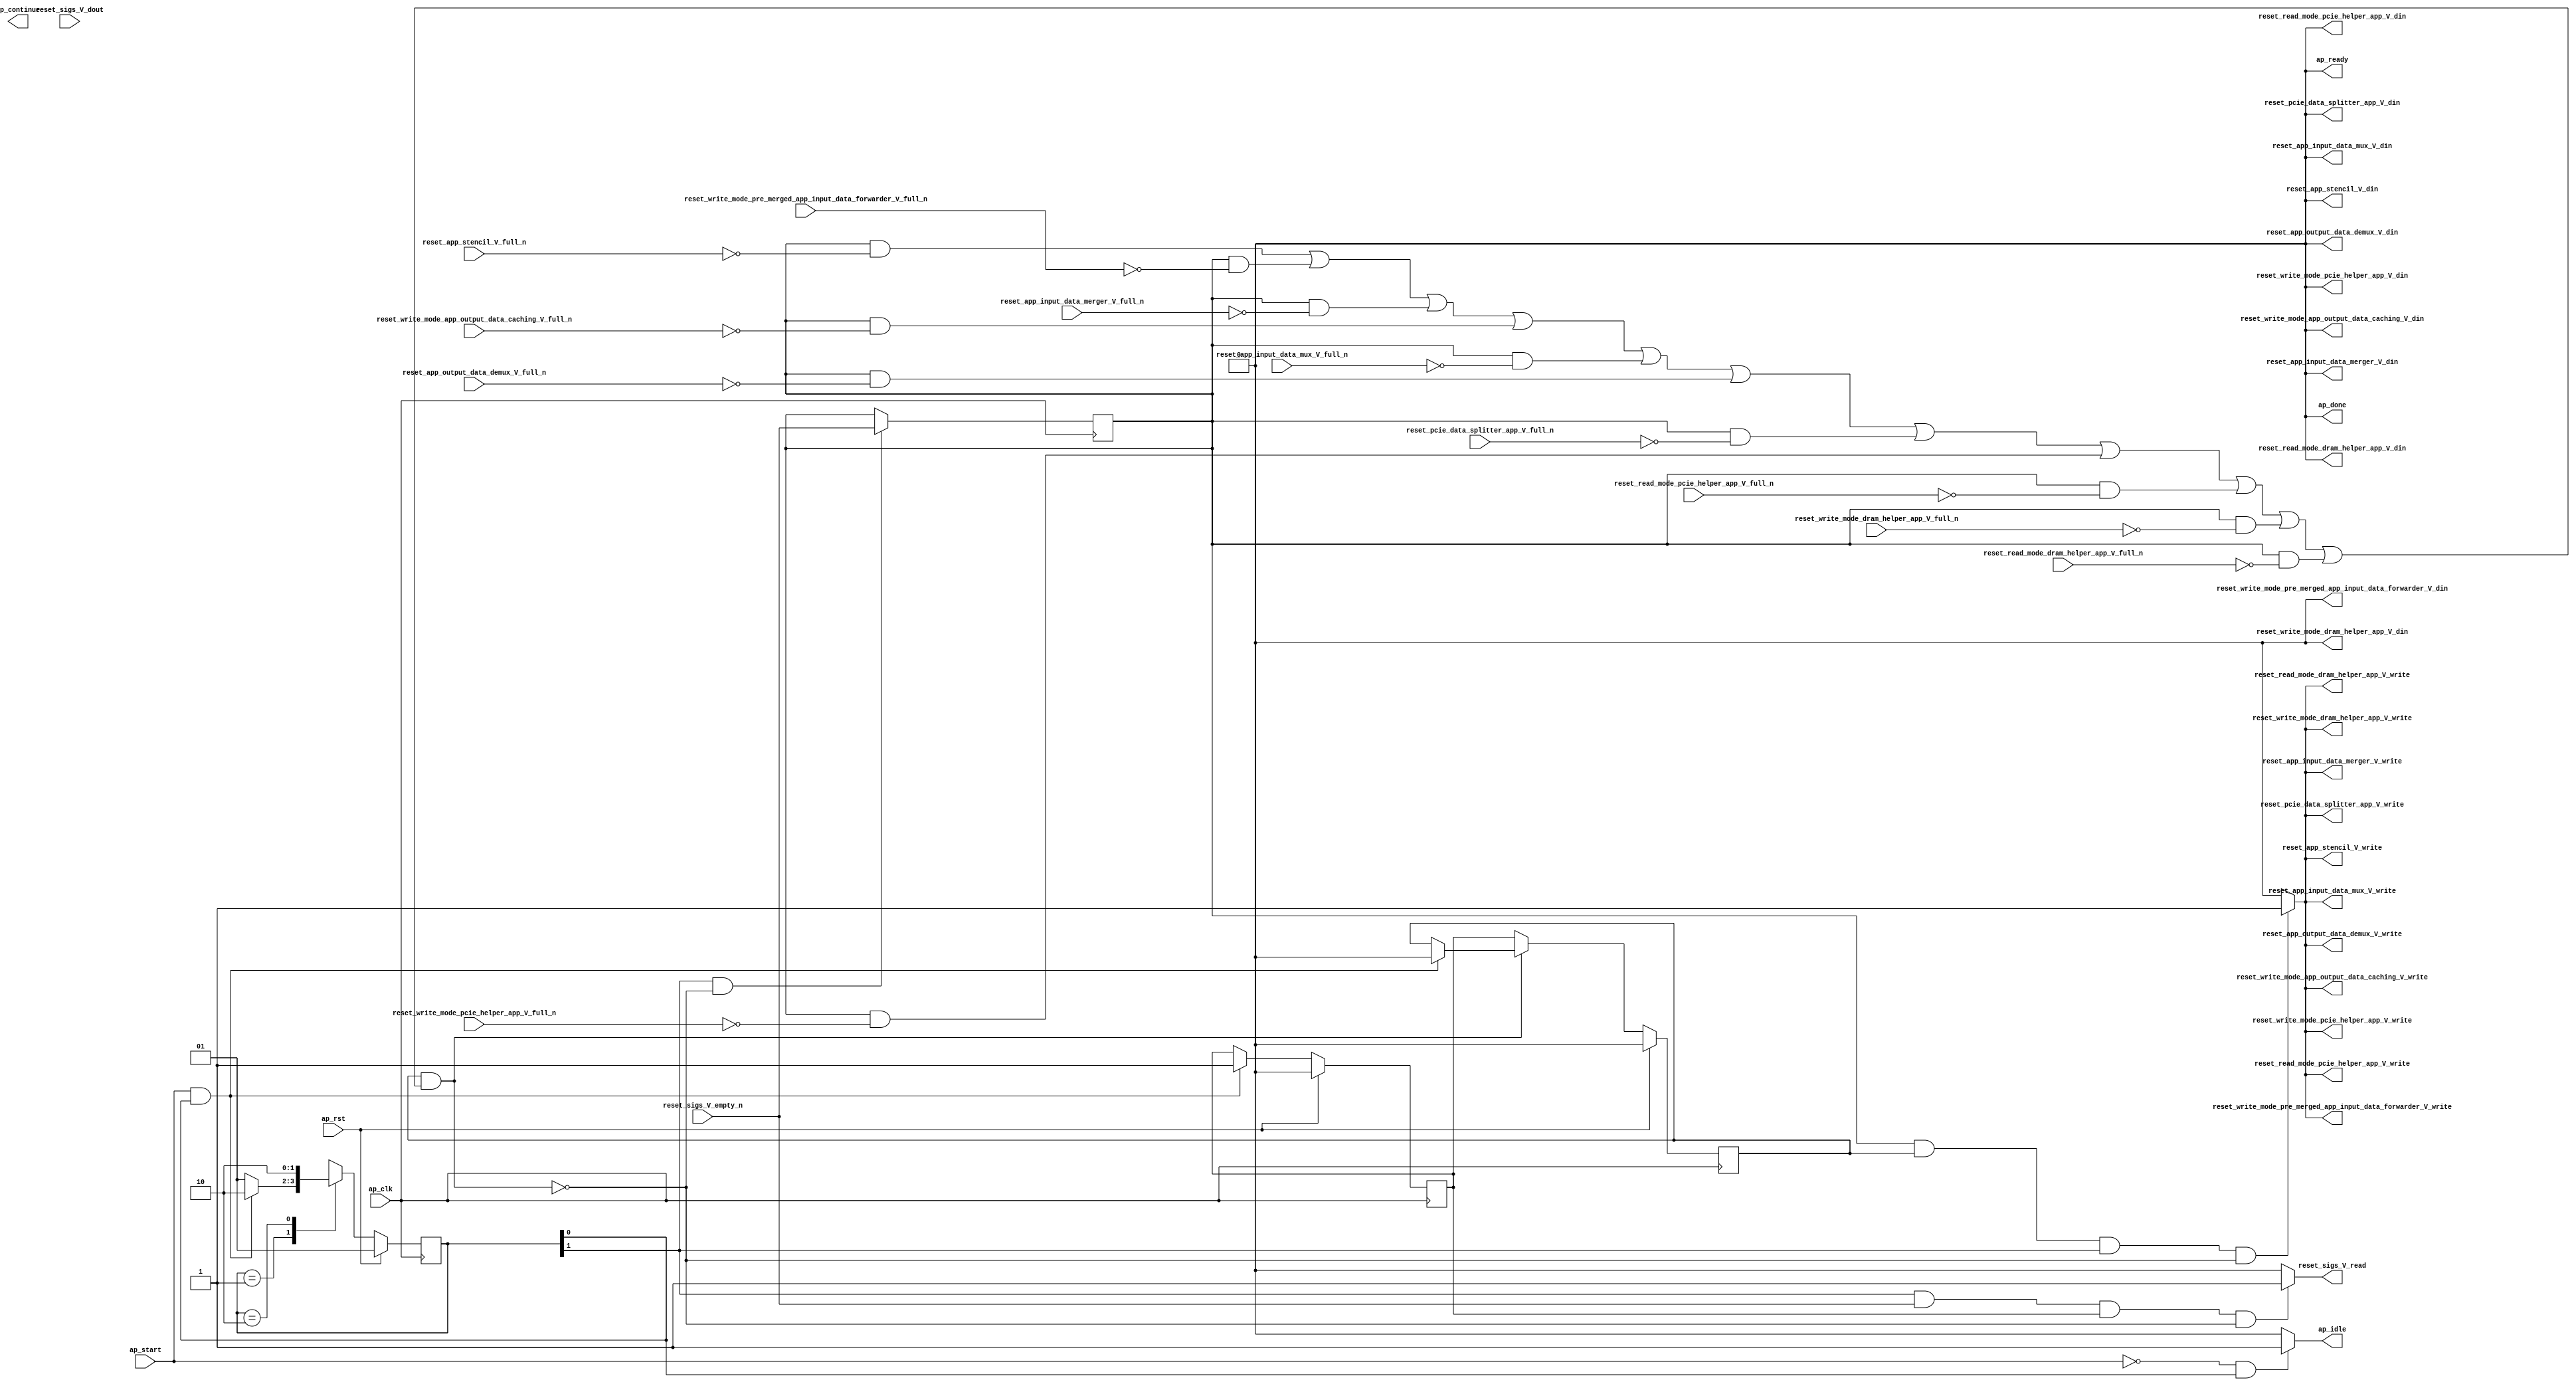
// ==============================================================
// RTL generated by Vivado(TM) HLS - High-Level Synthesis from C, C++ and SystemC
// Version: 2017.4.op
// Copyright (C) 1986-2018 Xilinx, Inc. All Rights Reserved.
// 
// ===========================================================

`timescale 1 ns / 1 ps 

(* CORE_GENERATION_INFO="reset_propaganda,hls_ip_2017_4_op,{HLS_INPUT_TYPE=cxx,HLS_INPUT_FLOAT=0,HLS_INPUT_FIXED=0,HLS_INPUT_PART=xcvu9p-flgb2104-2-i,HLS_INPUT_CLOCK=4.000000,HLS_INPUT_ARCH=others,HLS_SYN_CLOCK=1.458000,HLS_SYN_LAT=-1,HLS_SYN_TPT=none,HLS_SYN_MEM=0,HLS_SYN_DSP=0,HLS_SYN_FF=5,HLS_SYN_LUT=150}" *)

module reset_propaganda (
        ap_clk,
        ap_rst,
        ap_start,
        ap_done,
ap_continue,
        ap_idle,
        ap_ready,
        reset_app_stencil_V_din,
        reset_app_stencil_V_full_n,
        reset_app_stencil_V_write,
        reset_sigs_V_dout,
        reset_sigs_V_empty_n,
        reset_sigs_V_read,
        reset_read_mode_dram_helper_app_V_din,
        reset_read_mode_dram_helper_app_V_full_n,
        reset_read_mode_dram_helper_app_V_write,
        reset_write_mode_dram_helper_app_V_din,
        reset_write_mode_dram_helper_app_V_full_n,
        reset_write_mode_dram_helper_app_V_write,
        reset_read_mode_pcie_helper_app_V_din,
        reset_read_mode_pcie_helper_app_V_full_n,
        reset_read_mode_pcie_helper_app_V_write,
        reset_write_mode_pcie_helper_app_V_din,
        reset_write_mode_pcie_helper_app_V_full_n,
        reset_write_mode_pcie_helper_app_V_write,
        reset_pcie_data_splitter_app_V_din,
        reset_pcie_data_splitter_app_V_full_n,
        reset_pcie_data_splitter_app_V_write,
        reset_app_output_data_demux_V_din,
        reset_app_output_data_demux_V_full_n,
        reset_app_output_data_demux_V_write,
        reset_app_input_data_mux_V_din,
        reset_app_input_data_mux_V_full_n,
        reset_app_input_data_mux_V_write,
        reset_write_mode_app_output_data_caching_V_din,
        reset_write_mode_app_output_data_caching_V_full_n,
        reset_write_mode_app_output_data_caching_V_write,
        reset_app_input_data_merger_V_din,
        reset_app_input_data_merger_V_full_n,
        reset_app_input_data_merger_V_write,
        reset_write_mode_pre_merged_app_input_data_forwarder_V_din,
        reset_write_mode_pre_merged_app_input_data_forwarder_V_full_n,
        reset_write_mode_pre_merged_app_input_data_forwarder_V_write
);

parameter    ap_ST_fsm_state1 = 2'd1;
parameter    ap_ST_fsm_pp0_stage0 = 2'd2;

input   ap_clk;
input   ap_rst;
input   ap_start;
output   ap_done;
output   ap_idle;
output ap_ready; output ap_continue;
output   reset_app_stencil_V_din;
input   reset_app_stencil_V_full_n;
output   reset_app_stencil_V_write;
input   reset_sigs_V_dout;
input   reset_sigs_V_empty_n;
output   reset_sigs_V_read;
output   reset_read_mode_dram_helper_app_V_din;
input   reset_read_mode_dram_helper_app_V_full_n;
output   reset_read_mode_dram_helper_app_V_write;
output   reset_write_mode_dram_helper_app_V_din;
input   reset_write_mode_dram_helper_app_V_full_n;
output   reset_write_mode_dram_helper_app_V_write;
output   reset_read_mode_pcie_helper_app_V_din;
input   reset_read_mode_pcie_helper_app_V_full_n;
output   reset_read_mode_pcie_helper_app_V_write;
output   reset_write_mode_pcie_helper_app_V_din;
input   reset_write_mode_pcie_helper_app_V_full_n;
output   reset_write_mode_pcie_helper_app_V_write;
output   reset_pcie_data_splitter_app_V_din;
input   reset_pcie_data_splitter_app_V_full_n;
output   reset_pcie_data_splitter_app_V_write;
output   reset_app_output_data_demux_V_din;
input   reset_app_output_data_demux_V_full_n;
output   reset_app_output_data_demux_V_write;
output   reset_app_input_data_mux_V_din;
input   reset_app_input_data_mux_V_full_n;
output   reset_app_input_data_mux_V_write;
output   reset_write_mode_app_output_data_caching_V_din;
input   reset_write_mode_app_output_data_caching_V_full_n;
output   reset_write_mode_app_output_data_caching_V_write;
output   reset_app_input_data_merger_V_din;
input   reset_app_input_data_merger_V_full_n;
output   reset_app_input_data_merger_V_write;
output   reset_write_mode_pre_merged_app_input_data_forwarder_V_din;
input   reset_write_mode_pre_merged_app_input_data_forwarder_V_full_n;
output   reset_write_mode_pre_merged_app_input_data_forwarder_V_write;

reg ap_idle;
reg reset_app_stencil_V_write;
reg reset_sigs_V_read;
reg reset_read_mode_dram_helper_app_V_write;
reg reset_write_mode_dram_helper_app_V_write;
reg reset_read_mode_pcie_helper_app_V_write;
reg reset_write_mode_pcie_helper_app_V_write;
reg reset_pcie_data_splitter_app_V_write;
reg reset_app_output_data_demux_V_write;
reg reset_app_input_data_mux_V_write;
reg reset_write_mode_app_output_data_caching_V_write;
reg reset_app_input_data_merger_V_write;
reg reset_write_mode_pre_merged_app_input_data_forwarder_V_write;

(* fsm_encoding = "none" *) reg   [1:0] ap_CS_fsm;
wire    ap_CS_fsm_state1;
reg    reset_app_stencil_V_blk_n;
wire    ap_CS_fsm_pp0_stage0;
reg    ap_enable_reg_pp0_iter1;
wire    ap_block_pp0_stage0;
reg   [0:0] empty_n_reg_302;
reg    reset_read_mode_dram_helper_app_V_blk_n;
reg    reset_write_mode_dram_helper_app_V_blk_n;
reg    reset_read_mode_pcie_helper_app_V_blk_n;
reg    reset_write_mode_pcie_helper_app_V_blk_n;
reg    reset_pcie_data_splitter_app_V_blk_n;
reg    reset_app_output_data_demux_V_blk_n;
reg    reset_app_input_data_mux_V_blk_n;
reg    reset_write_mode_app_output_data_caching_V_blk_n;
reg    reset_app_input_data_merger_V_blk_n;
reg    reset_write_mode_pre_merged_app_input_data_forwarder_V_blk_n;
wire    ap_block_state2_pp0_stage0_iter0;
reg    ap_block_state3_pp0_stage0_iter1;
reg    ap_block_pp0_stage0_11001;
reg    ap_enable_reg_pp0_iter0;
reg    ap_block_pp0_stage0_subdone;
reg    ap_block_pp0_stage0_01001;
reg   [1:0] ap_NS_fsm;
reg    ap_idle_pp0;
wire    ap_enable_pp0;

// power-on initialization
initial begin
#0 ap_CS_fsm = 2'd1;
#0 ap_enable_reg_pp0_iter1 = 1'b0;
#0 ap_enable_reg_pp0_iter0 = 1'b0;
end

always @ (posedge ap_clk) begin
    if (ap_rst == 1'b1) begin
        ap_CS_fsm <= ap_ST_fsm_state1;
    end else begin
        ap_CS_fsm <= ap_NS_fsm;
    end
end

always @ (posedge ap_clk) begin
    if (ap_rst == 1'b1) begin
        ap_enable_reg_pp0_iter0 <= 1'b0;
    end else begin
        if (((ap_start == 1'b1) & (1'b1 == ap_CS_fsm_state1))) begin
            ap_enable_reg_pp0_iter0 <= 1'b1;
        end
    end
end

always @ (posedge ap_clk) begin
    if (ap_rst == 1'b1) begin
        ap_enable_reg_pp0_iter1 <= 1'b0;
    end else begin
        if ((1'b0 == ap_block_pp0_stage0_subdone)) begin
            ap_enable_reg_pp0_iter1 <= ap_enable_reg_pp0_iter0;
        end else if (((ap_start == 1'b1) & (1'b1 == ap_CS_fsm_state1))) begin
            ap_enable_reg_pp0_iter1 <= 1'b0;
        end
    end
end

always @ (posedge ap_clk) begin
    if (((1'b1 == ap_CS_fsm_pp0_stage0) & (1'b0 == ap_block_pp0_stage0_11001))) begin
        empty_n_reg_302 <= reset_sigs_V_empty_n;
    end
end

always @ (*) begin
    if (((ap_start == 1'b0) & (1'b1 == ap_CS_fsm_state1))) begin
        ap_idle = 1'b1;
    end else begin
        ap_idle = 1'b0;
    end
end

always @ (*) begin
    if (((ap_enable_reg_pp0_iter1 == 1'b0) & (ap_enable_reg_pp0_iter0 == 1'b0))) begin
        ap_idle_pp0 = 1'b1;
    end else begin
        ap_idle_pp0 = 1'b0;
    end
end

always @ (*) begin
    if (((empty_n_reg_302 == 1'd1) & (1'b0 == ap_block_pp0_stage0) & (ap_enable_reg_pp0_iter1 == 1'b1) & (1'b1 == ap_CS_fsm_pp0_stage0))) begin
        reset_app_input_data_merger_V_blk_n = reset_app_input_data_merger_V_full_n;
    end else begin
        reset_app_input_data_merger_V_blk_n = 1'b1;
    end
end

always @ (*) begin
    if (((empty_n_reg_302 == 1'd1) & (ap_enable_reg_pp0_iter1 == 1'b1) & (1'b1 == ap_CS_fsm_pp0_stage0) & (1'b0 == ap_block_pp0_stage0_11001))) begin
        reset_app_input_data_merger_V_write = 1'b1;
    end else begin
        reset_app_input_data_merger_V_write = 1'b0;
    end
end

always @ (*) begin
    if (((empty_n_reg_302 == 1'd1) & (1'b0 == ap_block_pp0_stage0) & (ap_enable_reg_pp0_iter1 == 1'b1) & (1'b1 == ap_CS_fsm_pp0_stage0))) begin
        reset_app_input_data_mux_V_blk_n = reset_app_input_data_mux_V_full_n;
    end else begin
        reset_app_input_data_mux_V_blk_n = 1'b1;
    end
end

always @ (*) begin
    if (((empty_n_reg_302 == 1'd1) & (ap_enable_reg_pp0_iter1 == 1'b1) & (1'b1 == ap_CS_fsm_pp0_stage0) & (1'b0 == ap_block_pp0_stage0_11001))) begin
        reset_app_input_data_mux_V_write = 1'b1;
    end else begin
        reset_app_input_data_mux_V_write = 1'b0;
    end
end

always @ (*) begin
    if (((empty_n_reg_302 == 1'd1) & (1'b0 == ap_block_pp0_stage0) & (ap_enable_reg_pp0_iter1 == 1'b1) & (1'b1 == ap_CS_fsm_pp0_stage0))) begin
        reset_app_output_data_demux_V_blk_n = reset_app_output_data_demux_V_full_n;
    end else begin
        reset_app_output_data_demux_V_blk_n = 1'b1;
    end
end

always @ (*) begin
    if (((empty_n_reg_302 == 1'd1) & (ap_enable_reg_pp0_iter1 == 1'b1) & (1'b1 == ap_CS_fsm_pp0_stage0) & (1'b0 == ap_block_pp0_stage0_11001))) begin
        reset_app_output_data_demux_V_write = 1'b1;
    end else begin
        reset_app_output_data_demux_V_write = 1'b0;
    end
end

always @ (*) begin
    if (((empty_n_reg_302 == 1'd1) & (1'b0 == ap_block_pp0_stage0) & (ap_enable_reg_pp0_iter1 == 1'b1) & (1'b1 == ap_CS_fsm_pp0_stage0))) begin
        reset_app_stencil_V_blk_n = reset_app_stencil_V_full_n;
    end else begin
        reset_app_stencil_V_blk_n = 1'b1;
    end
end

always @ (*) begin
    if (((empty_n_reg_302 == 1'd1) & (ap_enable_reg_pp0_iter1 == 1'b1) & (1'b1 == ap_CS_fsm_pp0_stage0) & (1'b0 == ap_block_pp0_stage0_11001))) begin
        reset_app_stencil_V_write = 1'b1;
    end else begin
        reset_app_stencil_V_write = 1'b0;
    end
end

always @ (*) begin
    if (((empty_n_reg_302 == 1'd1) & (1'b0 == ap_block_pp0_stage0) & (ap_enable_reg_pp0_iter1 == 1'b1) & (1'b1 == ap_CS_fsm_pp0_stage0))) begin
        reset_pcie_data_splitter_app_V_blk_n = reset_pcie_data_splitter_app_V_full_n;
    end else begin
        reset_pcie_data_splitter_app_V_blk_n = 1'b1;
    end
end

always @ (*) begin
    if (((empty_n_reg_302 == 1'd1) & (ap_enable_reg_pp0_iter1 == 1'b1) & (1'b1 == ap_CS_fsm_pp0_stage0) & (1'b0 == ap_block_pp0_stage0_11001))) begin
        reset_pcie_data_splitter_app_V_write = 1'b1;
    end else begin
        reset_pcie_data_splitter_app_V_write = 1'b0;
    end
end

always @ (*) begin
    if (((empty_n_reg_302 == 1'd1) & (1'b0 == ap_block_pp0_stage0) & (ap_enable_reg_pp0_iter1 == 1'b1) & (1'b1 == ap_CS_fsm_pp0_stage0))) begin
        reset_read_mode_dram_helper_app_V_blk_n = reset_read_mode_dram_helper_app_V_full_n;
    end else begin
        reset_read_mode_dram_helper_app_V_blk_n = 1'b1;
    end
end

always @ (*) begin
    if (((empty_n_reg_302 == 1'd1) & (ap_enable_reg_pp0_iter1 == 1'b1) & (1'b1 == ap_CS_fsm_pp0_stage0) & (1'b0 == ap_block_pp0_stage0_11001))) begin
        reset_read_mode_dram_helper_app_V_write = 1'b1;
    end else begin
        reset_read_mode_dram_helper_app_V_write = 1'b0;
    end
end

always @ (*) begin
    if (((empty_n_reg_302 == 1'd1) & (1'b0 == ap_block_pp0_stage0) & (ap_enable_reg_pp0_iter1 == 1'b1) & (1'b1 == ap_CS_fsm_pp0_stage0))) begin
        reset_read_mode_pcie_helper_app_V_blk_n = reset_read_mode_pcie_helper_app_V_full_n;
    end else begin
        reset_read_mode_pcie_helper_app_V_blk_n = 1'b1;
    end
end

always @ (*) begin
    if (((empty_n_reg_302 == 1'd1) & (ap_enable_reg_pp0_iter1 == 1'b1) & (1'b1 == ap_CS_fsm_pp0_stage0) & (1'b0 == ap_block_pp0_stage0_11001))) begin
        reset_read_mode_pcie_helper_app_V_write = 1'b1;
    end else begin
        reset_read_mode_pcie_helper_app_V_write = 1'b0;
    end
end

always @ (*) begin
    if (((1'b1 == ap_CS_fsm_pp0_stage0) & (reset_sigs_V_empty_n == 1'b1) & (ap_enable_reg_pp0_iter0 == 1'b1) & (1'b0 == ap_block_pp0_stage0_11001))) begin
        reset_sigs_V_read = 1'b1;
    end else begin
        reset_sigs_V_read = 1'b0;
    end
end

always @ (*) begin
    if (((empty_n_reg_302 == 1'd1) & (1'b0 == ap_block_pp0_stage0) & (ap_enable_reg_pp0_iter1 == 1'b1) & (1'b1 == ap_CS_fsm_pp0_stage0))) begin
        reset_write_mode_app_output_data_caching_V_blk_n = reset_write_mode_app_output_data_caching_V_full_n;
    end else begin
        reset_write_mode_app_output_data_caching_V_blk_n = 1'b1;
    end
end

always @ (*) begin
    if (((empty_n_reg_302 == 1'd1) & (ap_enable_reg_pp0_iter1 == 1'b1) & (1'b1 == ap_CS_fsm_pp0_stage0) & (1'b0 == ap_block_pp0_stage0_11001))) begin
        reset_write_mode_app_output_data_caching_V_write = 1'b1;
    end else begin
        reset_write_mode_app_output_data_caching_V_write = 1'b0;
    end
end

always @ (*) begin
    if (((empty_n_reg_302 == 1'd1) & (1'b0 == ap_block_pp0_stage0) & (ap_enable_reg_pp0_iter1 == 1'b1) & (1'b1 == ap_CS_fsm_pp0_stage0))) begin
        reset_write_mode_dram_helper_app_V_blk_n = reset_write_mode_dram_helper_app_V_full_n;
    end else begin
        reset_write_mode_dram_helper_app_V_blk_n = 1'b1;
    end
end

always @ (*) begin
    if (((empty_n_reg_302 == 1'd1) & (ap_enable_reg_pp0_iter1 == 1'b1) & (1'b1 == ap_CS_fsm_pp0_stage0) & (1'b0 == ap_block_pp0_stage0_11001))) begin
        reset_write_mode_dram_helper_app_V_write = 1'b1;
    end else begin
        reset_write_mode_dram_helper_app_V_write = 1'b0;
    end
end

always @ (*) begin
    if (((empty_n_reg_302 == 1'd1) & (1'b0 == ap_block_pp0_stage0) & (ap_enable_reg_pp0_iter1 == 1'b1) & (1'b1 == ap_CS_fsm_pp0_stage0))) begin
        reset_write_mode_pcie_helper_app_V_blk_n = reset_write_mode_pcie_helper_app_V_full_n;
    end else begin
        reset_write_mode_pcie_helper_app_V_blk_n = 1'b1;
    end
end

always @ (*) begin
    if (((empty_n_reg_302 == 1'd1) & (ap_enable_reg_pp0_iter1 == 1'b1) & (1'b1 == ap_CS_fsm_pp0_stage0) & (1'b0 == ap_block_pp0_stage0_11001))) begin
        reset_write_mode_pcie_helper_app_V_write = 1'b1;
    end else begin
        reset_write_mode_pcie_helper_app_V_write = 1'b0;
    end
end

always @ (*) begin
    if (((empty_n_reg_302 == 1'd1) & (1'b0 == ap_block_pp0_stage0) & (ap_enable_reg_pp0_iter1 == 1'b1) & (1'b1 == ap_CS_fsm_pp0_stage0))) begin
        reset_write_mode_pre_merged_app_input_data_forwarder_V_blk_n = reset_write_mode_pre_merged_app_input_data_forwarder_V_full_n;
    end else begin
        reset_write_mode_pre_merged_app_input_data_forwarder_V_blk_n = 1'b1;
    end
end

always @ (*) begin
    if (((empty_n_reg_302 == 1'd1) & (ap_enable_reg_pp0_iter1 == 1'b1) & (1'b1 == ap_CS_fsm_pp0_stage0) & (1'b0 == ap_block_pp0_stage0_11001))) begin
        reset_write_mode_pre_merged_app_input_data_forwarder_V_write = 1'b1;
    end else begin
        reset_write_mode_pre_merged_app_input_data_forwarder_V_write = 1'b0;
    end
end

always @ (*) begin
    case (ap_CS_fsm)
        ap_ST_fsm_state1 : begin
            if (((ap_start == 1'b1) & (1'b1 == ap_CS_fsm_state1))) begin
                ap_NS_fsm = ap_ST_fsm_pp0_stage0;
            end else begin
                ap_NS_fsm = ap_ST_fsm_state1;
            end
        end
        ap_ST_fsm_pp0_stage0 : begin
            ap_NS_fsm = ap_ST_fsm_pp0_stage0;
        end
        default : begin
            ap_NS_fsm = 'bx;
        end
    endcase
end

assign ap_CS_fsm_pp0_stage0 = ap_CS_fsm[32'd1];

assign ap_CS_fsm_state1 = ap_CS_fsm[32'd0];

assign ap_block_pp0_stage0 = ~(1'b1 == 1'b1);

always @ (*) begin
    ap_block_pp0_stage0_01001 = ((ap_enable_reg_pp0_iter1 == 1'b1) & (((empty_n_reg_302 == 1'd1) & (reset_app_stencil_V_full_n == 1'b0)) | ((empty_n_reg_302 == 1'd1) & (reset_write_mode_pre_merged_app_input_data_forwarder_V_full_n == 1'b0)) | ((empty_n_reg_302 == 1'd1) & (reset_app_input_data_merger_V_full_n == 1'b0)) | ((empty_n_reg_302 == 1'd1) & (reset_write_mode_app_output_data_caching_V_full_n == 1'b0)) | ((empty_n_reg_302 == 1'd1) & (reset_app_input_data_mux_V_full_n == 1'b0)) | ((empty_n_reg_302 == 1'd1) & (reset_app_output_data_demux_V_full_n == 1'b0)) | ((empty_n_reg_302 == 1'd1) & (reset_pcie_data_splitter_app_V_full_n == 1'b0)) | ((empty_n_reg_302 == 1'd1) & (reset_write_mode_pcie_helper_app_V_full_n == 1'b0)) | ((empty_n_reg_302 == 1'd1) & (reset_read_mode_pcie_helper_app_V_full_n == 1'b0)) | ((empty_n_reg_302 == 1'd1) & (reset_write_mode_dram_helper_app_V_full_n == 1'b0)) | ((empty_n_reg_302 == 1'd1) & (reset_read_mode_dram_helper_app_V_full_n == 1'b0))));
end

always @ (*) begin
    ap_block_pp0_stage0_11001 = ((ap_enable_reg_pp0_iter1 == 1'b1) & (((empty_n_reg_302 == 1'd1) & (reset_app_stencil_V_full_n == 1'b0)) | ((empty_n_reg_302 == 1'd1) & (reset_write_mode_pre_merged_app_input_data_forwarder_V_full_n == 1'b0)) | ((empty_n_reg_302 == 1'd1) & (reset_app_input_data_merger_V_full_n == 1'b0)) | ((empty_n_reg_302 == 1'd1) & (reset_write_mode_app_output_data_caching_V_full_n == 1'b0)) | ((empty_n_reg_302 == 1'd1) & (reset_app_input_data_mux_V_full_n == 1'b0)) | ((empty_n_reg_302 == 1'd1) & (reset_app_output_data_demux_V_full_n == 1'b0)) | ((empty_n_reg_302 == 1'd1) & (reset_pcie_data_splitter_app_V_full_n == 1'b0)) | ((empty_n_reg_302 == 1'd1) & (reset_write_mode_pcie_helper_app_V_full_n == 1'b0)) | ((empty_n_reg_302 == 1'd1) & (reset_read_mode_pcie_helper_app_V_full_n == 1'b0)) | ((empty_n_reg_302 == 1'd1) & (reset_write_mode_dram_helper_app_V_full_n == 1'b0)) | ((empty_n_reg_302 == 1'd1) & (reset_read_mode_dram_helper_app_V_full_n == 1'b0))));
end

always @ (*) begin
    ap_block_pp0_stage0_subdone = ((ap_enable_reg_pp0_iter1 == 1'b1) & (((empty_n_reg_302 == 1'd1) & (reset_app_stencil_V_full_n == 1'b0)) | ((empty_n_reg_302 == 1'd1) & (reset_write_mode_pre_merged_app_input_data_forwarder_V_full_n == 1'b0)) | ((empty_n_reg_302 == 1'd1) & (reset_app_input_data_merger_V_full_n == 1'b0)) | ((empty_n_reg_302 == 1'd1) & (reset_write_mode_app_output_data_caching_V_full_n == 1'b0)) | ((empty_n_reg_302 == 1'd1) & (reset_app_input_data_mux_V_full_n == 1'b0)) | ((empty_n_reg_302 == 1'd1) & (reset_app_output_data_demux_V_full_n == 1'b0)) | ((empty_n_reg_302 == 1'd1) & (reset_pcie_data_splitter_app_V_full_n == 1'b0)) | ((empty_n_reg_302 == 1'd1) & (reset_write_mode_pcie_helper_app_V_full_n == 1'b0)) | ((empty_n_reg_302 == 1'd1) & (reset_read_mode_pcie_helper_app_V_full_n == 1'b0)) | ((empty_n_reg_302 == 1'd1) & (reset_write_mode_dram_helper_app_V_full_n == 1'b0)) | ((empty_n_reg_302 == 1'd1) & (reset_read_mode_dram_helper_app_V_full_n == 1'b0))));
end

assign ap_block_state2_pp0_stage0_iter0 = ~(1'b1 == 1'b1);

always @ (*) begin
    ap_block_state3_pp0_stage0_iter1 = (((empty_n_reg_302 == 1'd1) & (reset_app_stencil_V_full_n == 1'b0)) | ((empty_n_reg_302 == 1'd1) & (reset_write_mode_pre_merged_app_input_data_forwarder_V_full_n == 1'b0)) | ((empty_n_reg_302 == 1'd1) & (reset_app_input_data_merger_V_full_n == 1'b0)) | ((empty_n_reg_302 == 1'd1) & (reset_write_mode_app_output_data_caching_V_full_n == 1'b0)) | ((empty_n_reg_302 == 1'd1) & (reset_app_input_data_mux_V_full_n == 1'b0)) | ((empty_n_reg_302 == 1'd1) & (reset_app_output_data_demux_V_full_n == 1'b0)) | ((empty_n_reg_302 == 1'd1) & (reset_pcie_data_splitter_app_V_full_n == 1'b0)) | ((empty_n_reg_302 == 1'd1) & (reset_write_mode_pcie_helper_app_V_full_n == 1'b0)) | ((empty_n_reg_302 == 1'd1) & (reset_read_mode_pcie_helper_app_V_full_n == 1'b0)) | ((empty_n_reg_302 == 1'd1) & (reset_write_mode_dram_helper_app_V_full_n == 1'b0)) | ((empty_n_reg_302 == 1'd1) & (reset_read_mode_dram_helper_app_V_full_n == 1'b0)));
end

assign ap_done = 1'b0;

assign ap_enable_pp0 = (ap_idle_pp0 ^ 1'b1);

assign ap_ready = 1'b0;

assign reset_app_input_data_merger_V_din = 1'd0;

assign reset_app_input_data_mux_V_din = 1'd0;

assign reset_app_output_data_demux_V_din = 1'd0;

assign reset_app_stencil_V_din = 1'd0;

assign reset_pcie_data_splitter_app_V_din = 1'd0;

assign reset_read_mode_dram_helper_app_V_din = 1'd0;

assign reset_read_mode_pcie_helper_app_V_din = 1'd0;

assign reset_write_mode_app_output_data_caching_V_din = 1'd0;

assign reset_write_mode_dram_helper_app_V_din = 1'd0;

assign reset_write_mode_pcie_helper_app_V_din = 1'd0;

assign reset_write_mode_pre_merged_app_input_data_forwarder_V_din = 1'd0;

endmodule //reset_propaganda